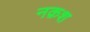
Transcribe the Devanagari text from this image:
नक़श